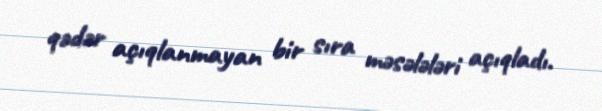
qədər açıqlanmayan bir sıra məsələləri açıqladı.